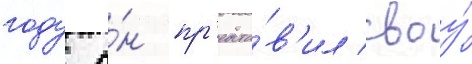
году о́н пр'едста́в'ил своу́